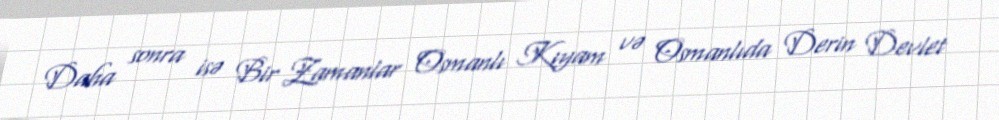
Daha sonra isə Bir Zamanlar Osmanlı Kıyam və Osmanlıda Derin Devlet